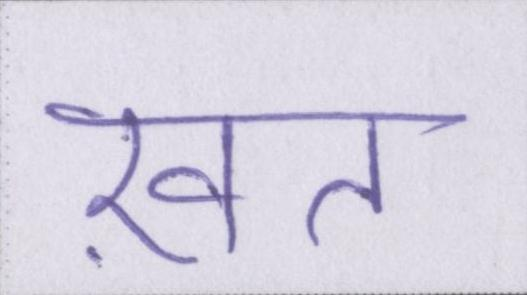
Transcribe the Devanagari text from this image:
ख़त